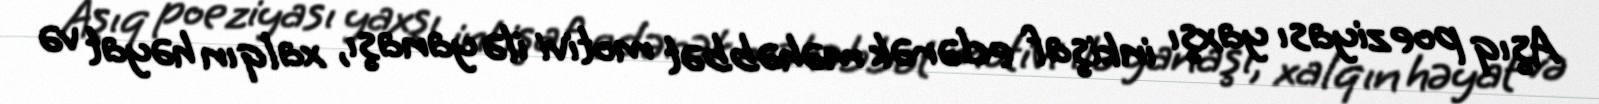
Aşıq poeziyası yaxşı inkişaf edərək məhəbbət motivi ilə yanaşı, xalqın həyat və